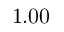
1 . 0 0